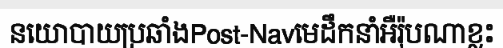
នយោបាយប្រឆាំងPost-Navមេដឹកនាំអឺរ៉ុបណាខ្លះ